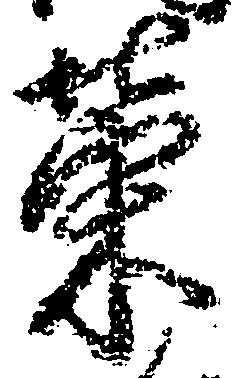
栄